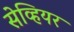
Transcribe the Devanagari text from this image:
सेव्हियर